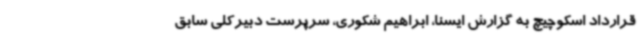
قرارداد اسکوچیچ به گزارش ایسنا، ابراهیم شکوری، سرپرست دبیرکلی سابق